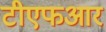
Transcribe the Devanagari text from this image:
टीएफआर